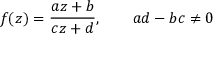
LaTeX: f ( z ) = { \frac { a z + b } { c z + d } } , \qquad a d - b c \neq 0